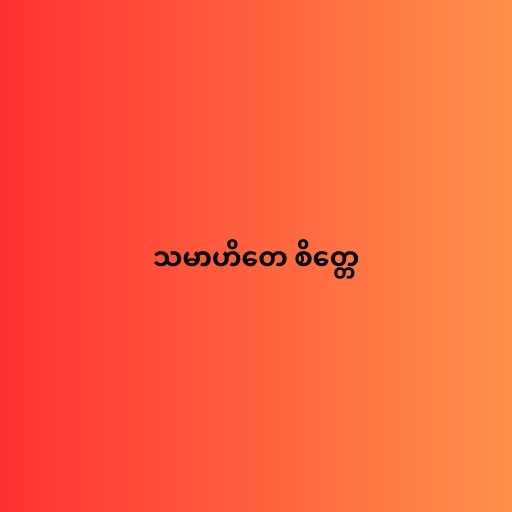
သမာဟိတေ စိတ္တေ